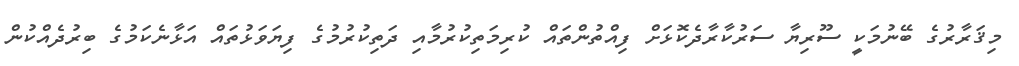
މިޤަރާރުގެ ބޭނުމަކީ ސޫރިޔާ ސަރުކާރާދެކޮޅަށް ފިއްތުންތައް ކުރިމަތިކުރުމާއި ދަތިކުރުމުގެ ފިޔަވަޅުތައް އަޅާނެކަމުގެ ބިރުދެއްކުން